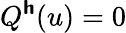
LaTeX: Q^{\boldsymbol{\mathsf{h}}}(u)=0